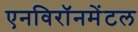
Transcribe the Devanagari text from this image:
एनविरॉनमेंटल